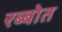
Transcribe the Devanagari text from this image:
रब्बोत